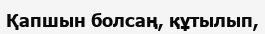
Қапшын болсаң, құтылып,